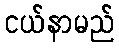
ငယ်နာမည်